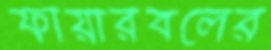
ফায়ারবলের